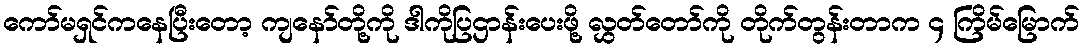
ကော်မရှင်ကနေပြီးတော့ ကျနော်တို့ကို ဒါကိုပြဌာန်းပေးဖို့ လွှတ်တော်ကို တိုက်တွန်းတာက ၄ ကြိမ်မြောက်